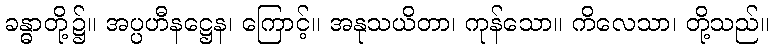
ခန္ဓာတို့၌။ အပ္ပဟီနဋ္ဌေန၊ ကြောင့်။ အနုသယိတာ၊ ကုန်သော။ ကိလေသာ၊ တို့သည်။